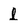
Character: l